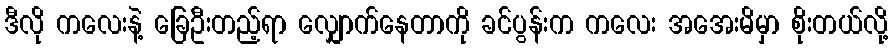
ဒီလို ကလေးနဲ့ ခြေဦးတည့်ရာ လျှောက်နေတာကို ခင်ပွန်းက ကလေး အအေးမိမှာ စိုးတယ်လို့